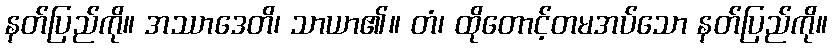
နတ်ပြည်ကို။ အဿာဒေတိ၊ သာယာ၏။ တံ၊ ထိုတောင့်တမအပ်သော နတ်ပြည်ကို။